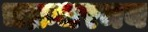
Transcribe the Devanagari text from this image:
चक्रधरमय